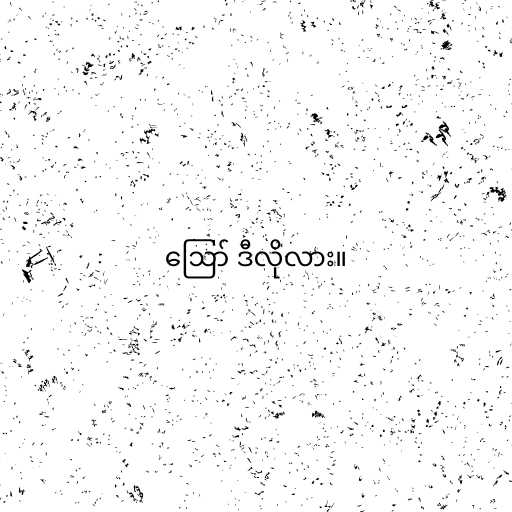
ဪ ဒီလိုလား။